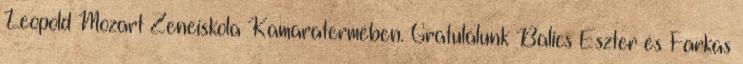
Leopold Mozart Zeneiskola Kamaratermében. Gratulálunk Balics Eszter és Farkas